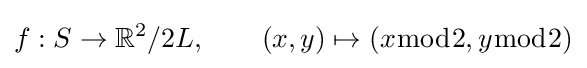
f:S\to \mathbb {R} ^{2}/2L,\qquad (x,y)\mapsto (x{\bmod {2}},y{\bmod {2}})